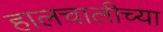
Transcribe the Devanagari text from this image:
हालचालीच्या